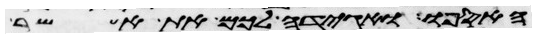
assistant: האספו ואגידה לכם את אשר